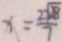
x = \frac { 2 \sqrt { 8 } } { 7 }